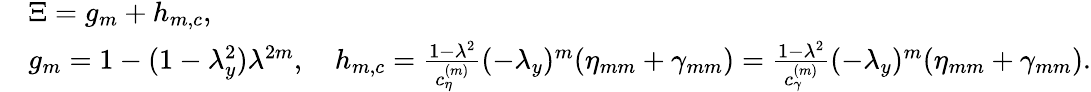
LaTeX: \begin{array}{rl}&{\Xi=g_{m}+h_{m,c},}\\ &{g_{m}=1-(1-\lambda_{y}^{2})\lambda^{2m},\quad h_{m,c}=\frac{1-\lambda^{2}}{c_{\eta}^{(m)}}(-\lambda_{y})^{m}(\eta_{mm}+\gamma_{mm})=\frac{1-\lambda^{2}}{c_{\gamma}^{(m)}}(-\lambda_{y})^{m}(\eta_{mm}+\gamma_{mm}).}\end{array}